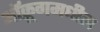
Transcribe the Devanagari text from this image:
ऑक्रूगमधील